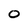
Character: O